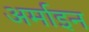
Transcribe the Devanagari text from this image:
अर्माइन